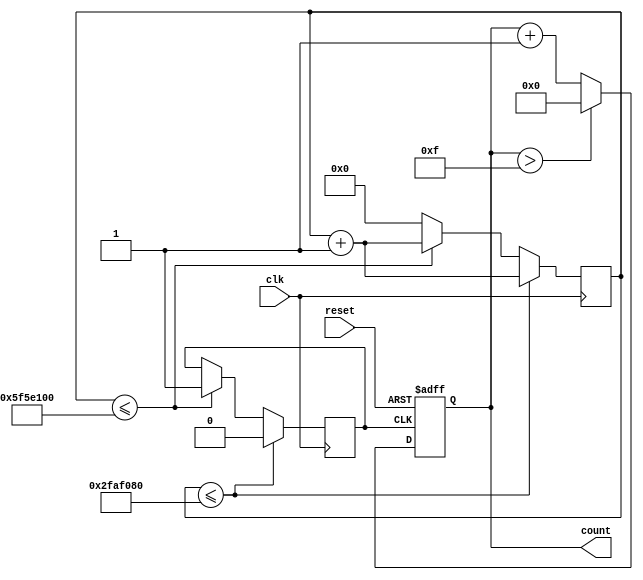
`timescale 1ns / 1ps
//////////////////////////////////////////////////////////////////////////////////
// Company: WPI
// 
// Design Name: 
// Module Name: 1hz_count
// Project Name: lab 4
// Target Devices: 
// Tool Versions: 
// Description: Creates a count to F incrementing every 1 second
// 
// Dependencies: 
// 
// Revision:
// Revision 0.01 - File Created
// Additional Comments:
// 
//////////////////////////////////////////////////////////////////////////////////


module count_1hz(
    input clk,
    input reset,
    output reg [3:0] count
    );
    
    reg [26:0] en = 27'b0;
    reg clk_1h;
    
    always @ (posedge clk)
        if (en <= 27'd50000000) begin
            clk_1h <= 0;
            en <= en + 1;
        end
        else if (en <= 27'd100000000) begin
            clk_1h <= 1;
            en <= en + 1;
        end
        else 
            en <= 0;  
    
    always @ (posedge clk_1h, posedge reset) begin
        if (reset)
            count <= 4'd0;
        else if (count > 4'hF)
            count <= 4'd0;
        else
            count <= count + 1'b1;
    end
    
endmodule